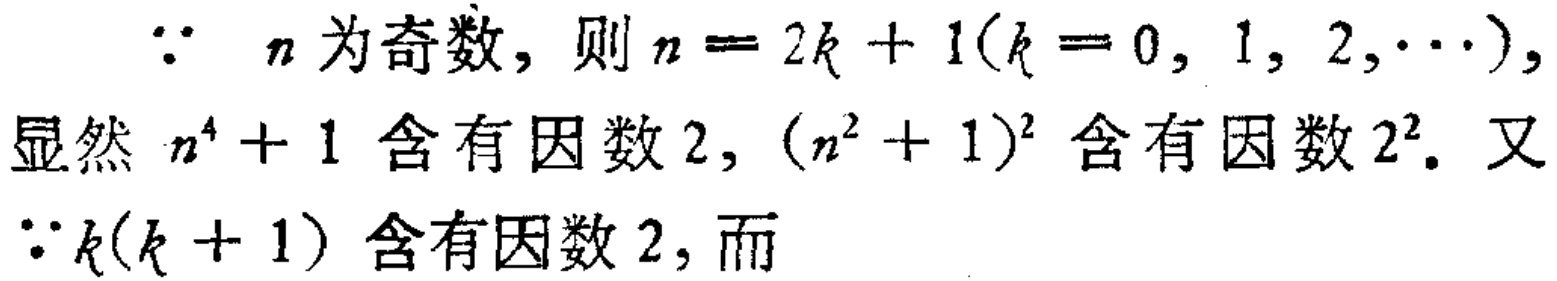
\(\because n\)为奇数，则\(n = 2k + 1(k = 0, 1, 2, \cdots)\)，

显然 \(n^{4}+1\) 含有因数 \(2\)，\((n^{2}+1)^{2}\) 含有因数 \(2^{2}\). 又

\(\because k(k + 1)\) 含有因数 \(2\)，而